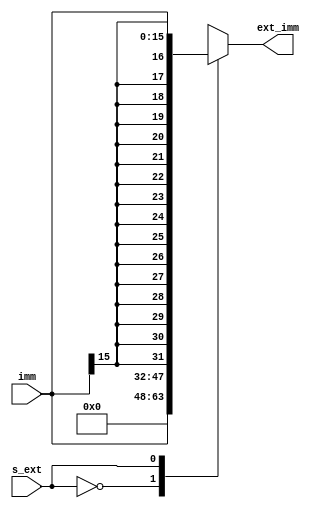
//
module extend(s_ext,imm,ext_imm);
input [15:0]imm;//16
input s_ext;//,ctrl
output reg [31:0] ext_imm;//32
always@(*)
begin
	case(s_ext)
	0:
	ext_imm = {{16{1'b0}}, imm[15:0]};
	1:
	ext_imm = {{16{imm[15]}}, imm[15:0]};
	endcase
end
endmodule